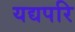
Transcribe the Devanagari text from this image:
यद्यपरि